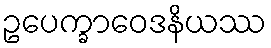
ဥပေက္ခာဝေဒနိယဿ